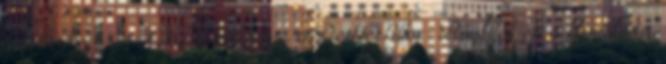
Építőművészet XXIX.évf.5.sz. ↑ Pethő Tibor: Baalbek és a klímaláda,